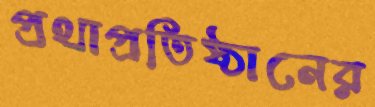
প্রথাপ্রতিষ্ঠানের